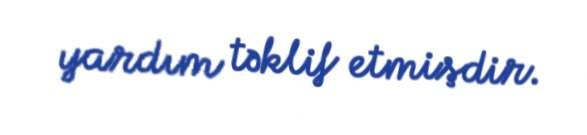
yardım təklif etmişdir.